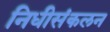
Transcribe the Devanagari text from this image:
निधीसंकलन